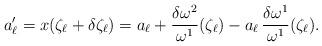
LaTeX: \begin{align*}a'_\ell=x(\zeta_\ell+\delta\zeta_\ell)=a_\ell+\frac{\delta\omega^2}{\omega^1}(\zeta_\ell)-a_\ell\,\frac{\delta\omega^1}{\omega^1}(\zeta_\ell).\end{align*}